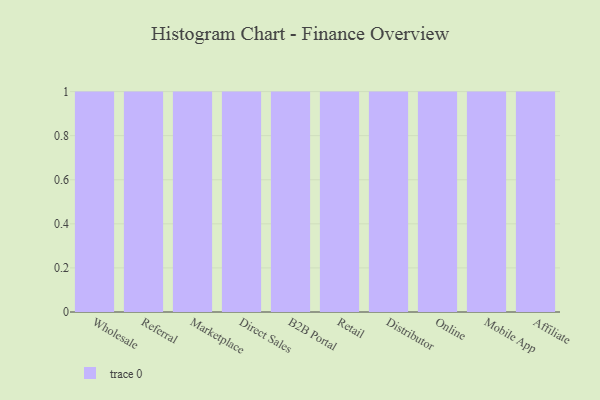
{"axis": {"x": "Channel", "y": "Latency (ms)"}, "legend": [""], "data": [{"x": "Wholesale", "y": 62, "type": ""}, {"x": "Referral", "y": 64, "type": ""}, {"x": "Marketplace", "y": 98, "type": ""}, {"x": "Direct Sales", "y": 47, "type": ""}, {"x": "B2B Portal", "y": 71, "type": ""}, {"x": "Retail", "y": 48, "type": ""}, {"x": "Distributor", "y": 18, "type": ""}, {"x": "Online", "y": 85, "type": ""}, {"x": "Mobile App", "y": 66, "type": ""}, {"x": "Affiliate", "y": 9, "type": ""}]}